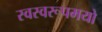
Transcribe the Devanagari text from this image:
स्वस्वरूपमयो